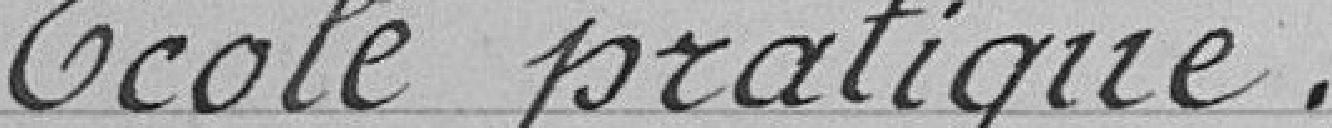
Ecole pratique.